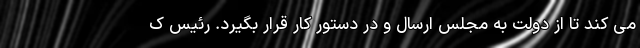
می کند تا از دولت به مجلس ارسال و در دستور کار قرار بگیرد. رئیس ک